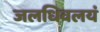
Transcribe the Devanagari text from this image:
जलधिवलयं